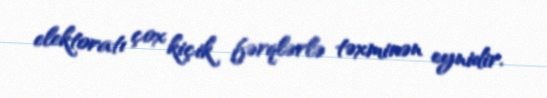
elektoratı çox kiçik fərqlərlə təxminən eynidir.